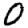
Digit: 0